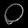
Digit: ၀